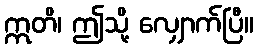
ဣတိ၊ ဤသို့ လျှောက်ပြီ။